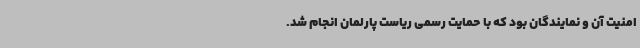
امنیت آن و نمایندگان بود که با حمایت رسمی ریاست پارلمان انجام شد.